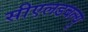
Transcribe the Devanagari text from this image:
सीएलडबल्यु